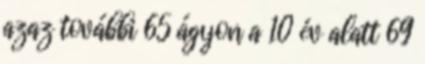
azaz további 65 ágyon a 10 év alatt 69